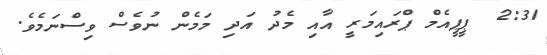
2:31  ޕީޕީއެމް ޕްރައިމަރީ އާއި މެދު އަދި މަމެން ނުވެސް ވިސްނަމެވެ.